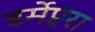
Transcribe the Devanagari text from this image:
डर्मेप्टरा